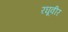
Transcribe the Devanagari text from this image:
रघूवीर